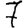
Digit: 7